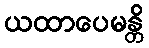
ယထာပေမန္တိ